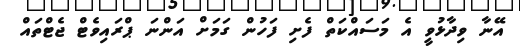
އޭނާ ވިދާޅުވީ އެ މަސައްކަތް ފެށި ފަހުން ގަމަށް އަންނަ ޕްރައިވެޓް ޖެޓްތައް